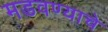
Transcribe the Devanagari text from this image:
मडवण्याचे